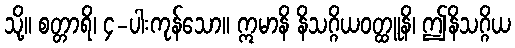
သို့။ စတ္တာရိ၊ ၄-ပါးကုန်သော။ ဣမာနိ နိသဂ္ဂိယဝတ္ထူနိ၊ ဤနိသဂ္ဂိယ